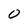
Character: 0